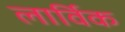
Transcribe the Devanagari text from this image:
लार्विक